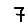
Digit: 7